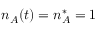
n _ { A } ( t ) = n _ { A } ^ { * } = 1